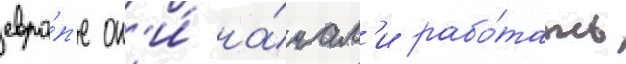
евро́п'е он'и́ на́чал'и рабо́тать